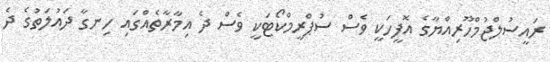
ރައީސުލްޖުމްހޫރިއްޔާގެ އޮފީހަކީ ވެސް ސުޕްރީމްކޯޓަކީ ވެސް ދެ އިމާރާތެއްގައި ހިނގާ ދައުލަތުގެ ދެ